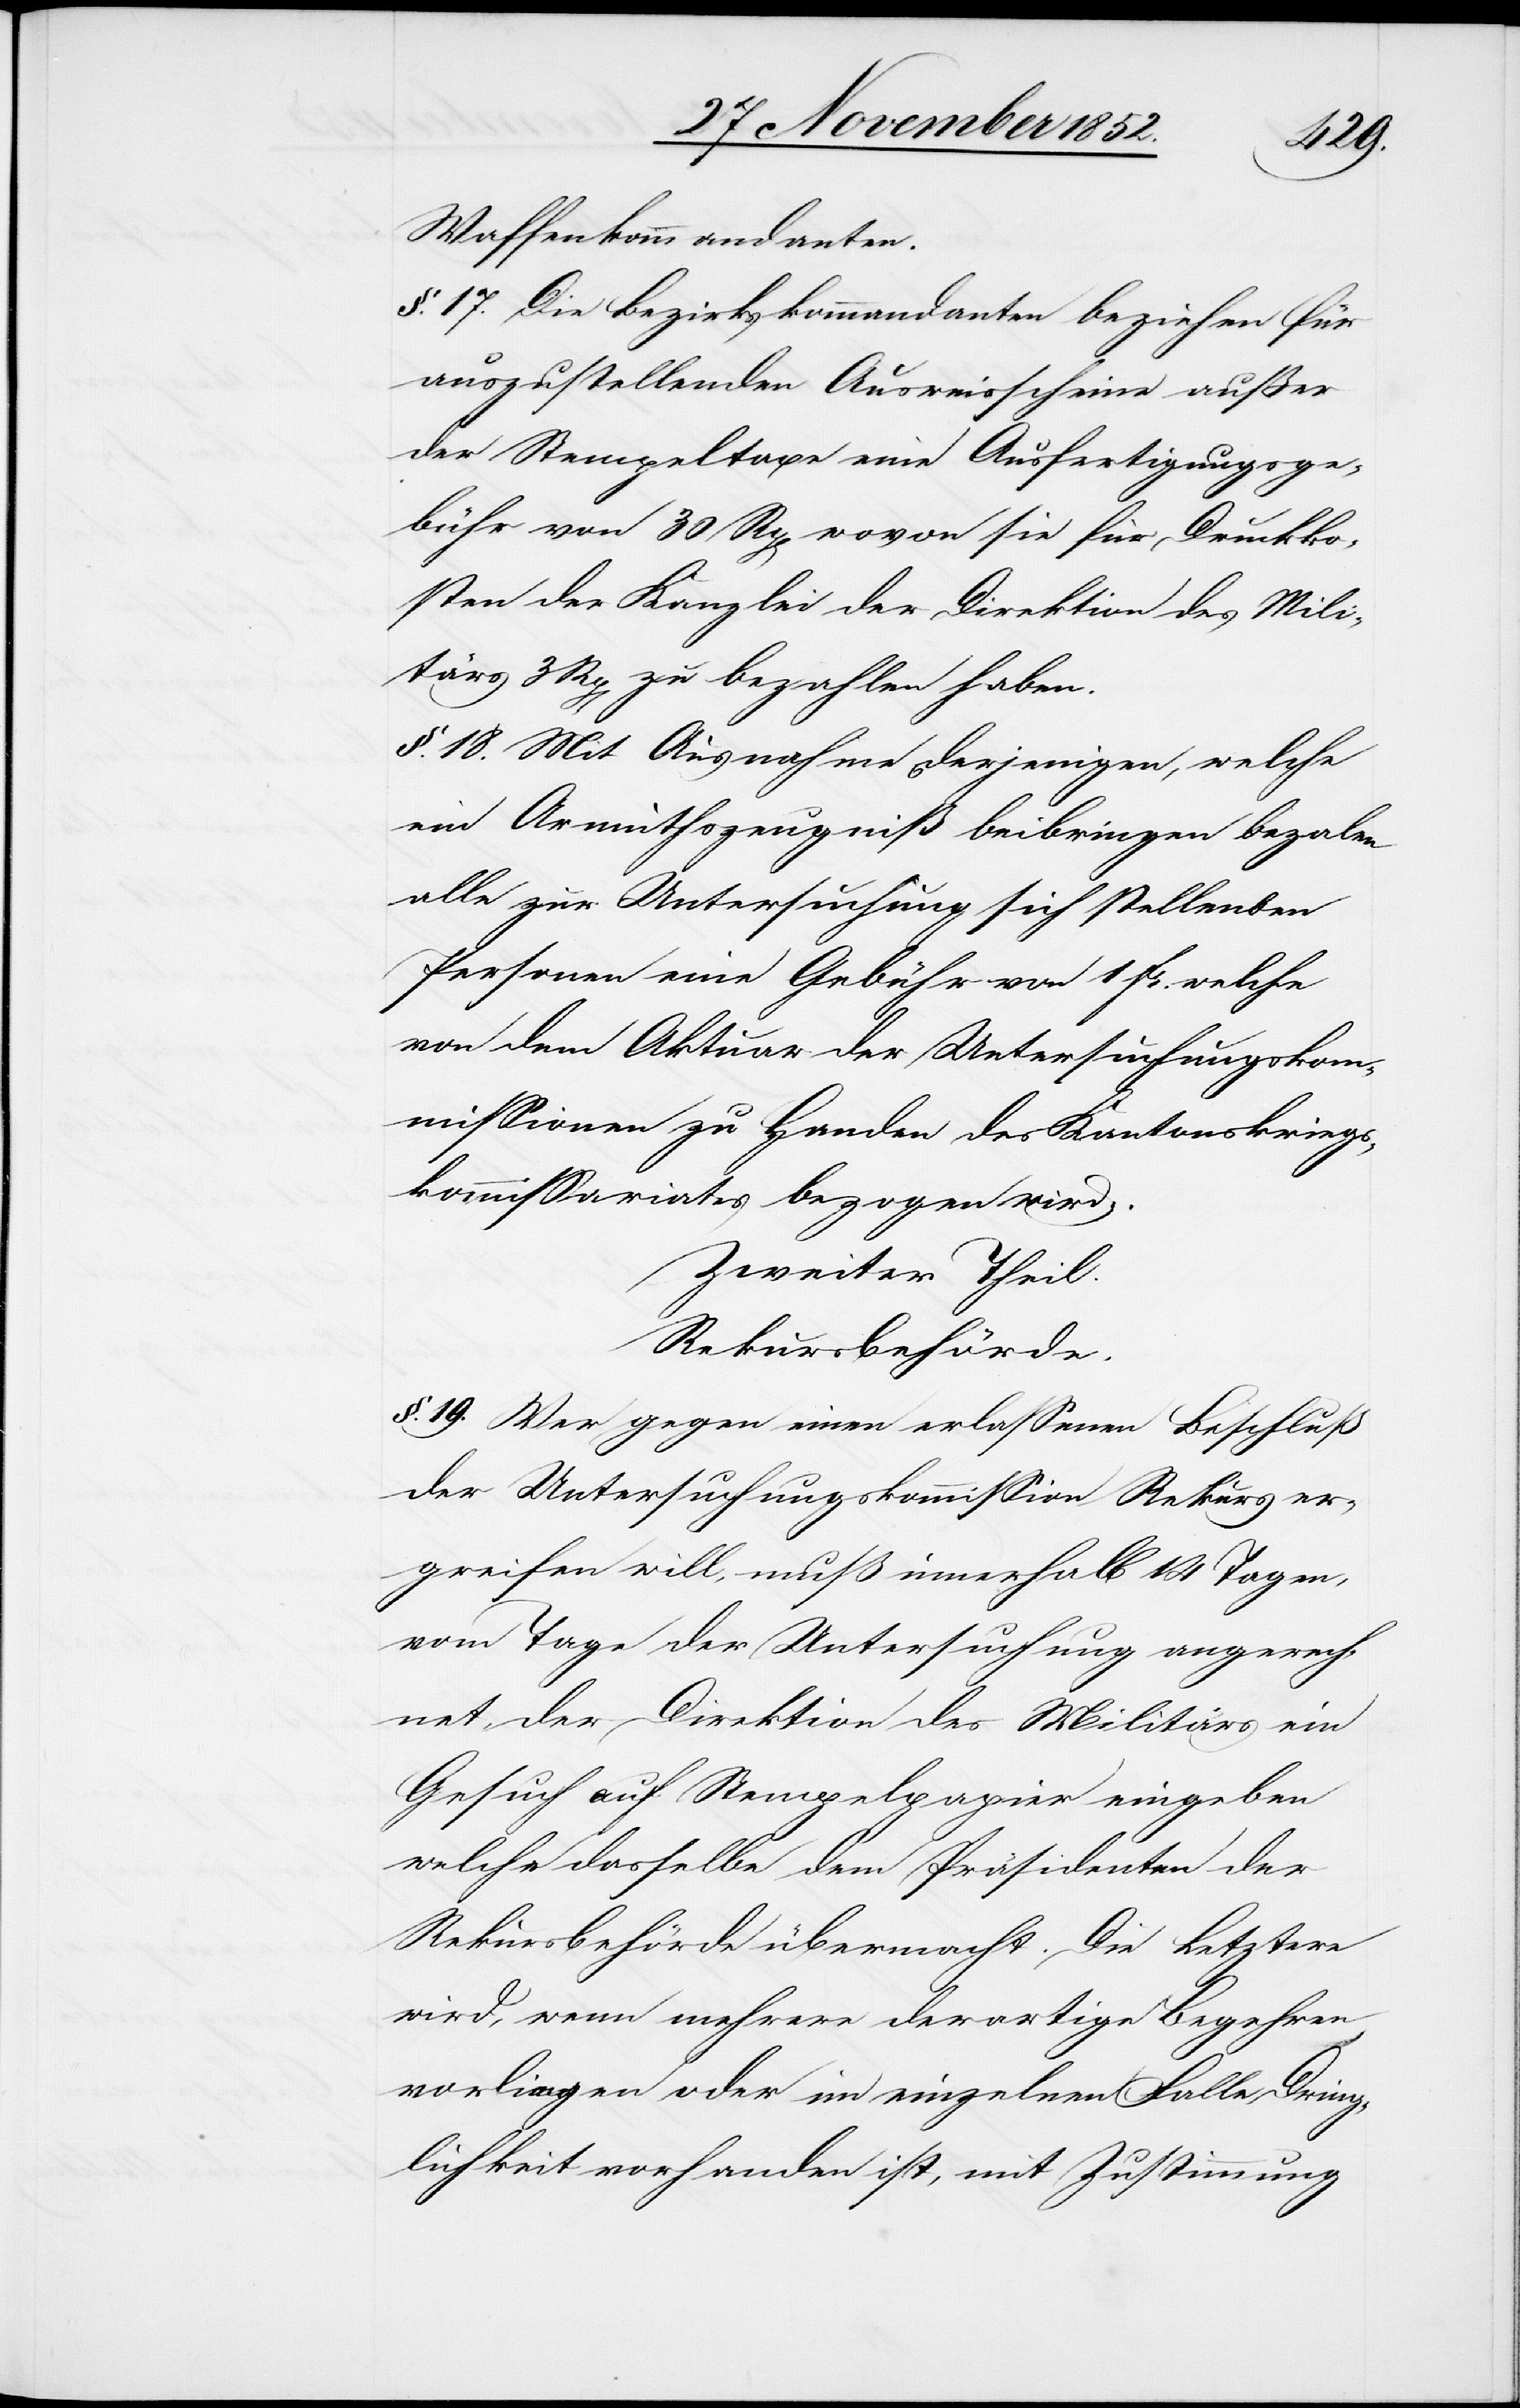
Waffenkommandanten.
§. 17. Die Bezirkskommandanten beziehen für
auszustellenden [sic!] Ausweisscheine außer
der Stempeltaxe eine Ausfertigungsge¬
bühr von 30 Rp[en] wovon sie für Druckko¬
sten der Kanzlei der Direktion des Mili¬
tärs 3 Rp[en] zu bezahlen haben.
§. 18. Mit Ausnahme derjenigen, welche
ein Armuthszeugniß beibringen bezalen
alle zur Untersuchung sich stellenden
Personen eine Gebühr von 1 Fr. welche
von dem Aktuar der Untersuchungskom¬
missionen zu Handen des Kantonskriegs¬
kommissariates bezogen wird.
Zweiter Theil.
Rekursbehörde.
§. 19. Wer gegen einen erlassenen Beschluß
der Untersuchungskommission Rekurs er¬
greifen will, muß innerhalb 14 Tagen,
vom Tage der Untersuchung angerech¬
net, der Direktion des Militärs ein
Gesuch auf Stempelpapier eingeben
welche dasselbe dem Präsidenten der
Rekursbehörde übermacht. Die Letztere
wird, wenn mehrere derartige Begehren
vorliegen oder im einzelnen Falle Dring¬
lichkeit vorhanden ist, mit Zustimmung